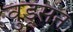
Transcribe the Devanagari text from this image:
वुड्सन